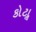
કોટાૢ